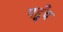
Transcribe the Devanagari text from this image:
पह़ुँच